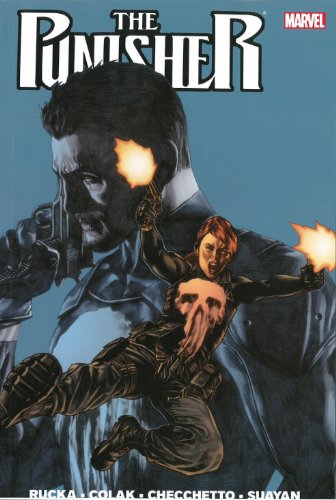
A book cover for The Punisher, Vol. 3; Greg Rucka; Comics & Graphic Novels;